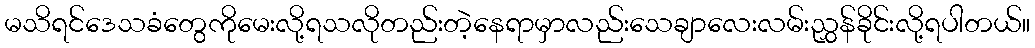
မသိရင်ဒေသခံတွေကိုမေးလို့ရသလိုတည်းတဲ့နေရာမှာလည်းသေချာလေးလမ်းညွှန်ခိုင်းလို့ရပါတယ်။